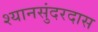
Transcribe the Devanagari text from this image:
श्यानसुंदरदास